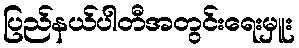
ပြည်နယ်ပါတီအတွင်းရေးမှူး